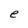
Character: e